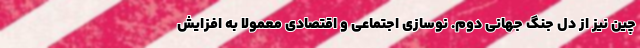
چین نیز از دل جنگ جهانی دوم. نوسازی اجتماعی و اقتصادی معمولا به افزایش